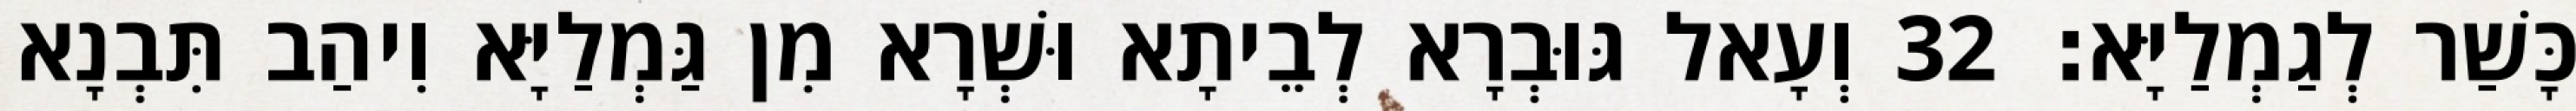
כָּשַׁר לְגַמְלַיָּא׃ 32 וְעָאל גּוּבְרָא לְבֵיתָא וּשְׁרָא מִן גַּמְלַיָּא וִיהַב תִּבְנָא